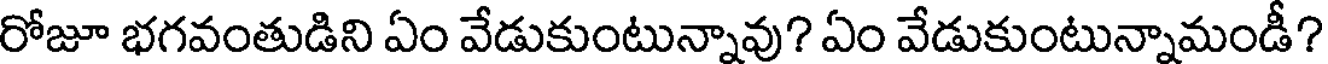
రోజూ భగవంతుడిని ఏం వేడుకుంటున్నావు? ఏం వేడుకుంటున్నామండీ?